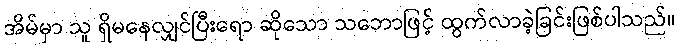
အိမ်မှာ သူ ရှိမနေလျှင်ပြီးရော ဆိုသော သဘောဖြင့် ထွက်လာခဲ့ခြင်းဖြစ်ပါသည်။